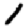
Digit: 1